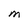
Character: M